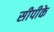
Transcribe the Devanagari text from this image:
सीपीके